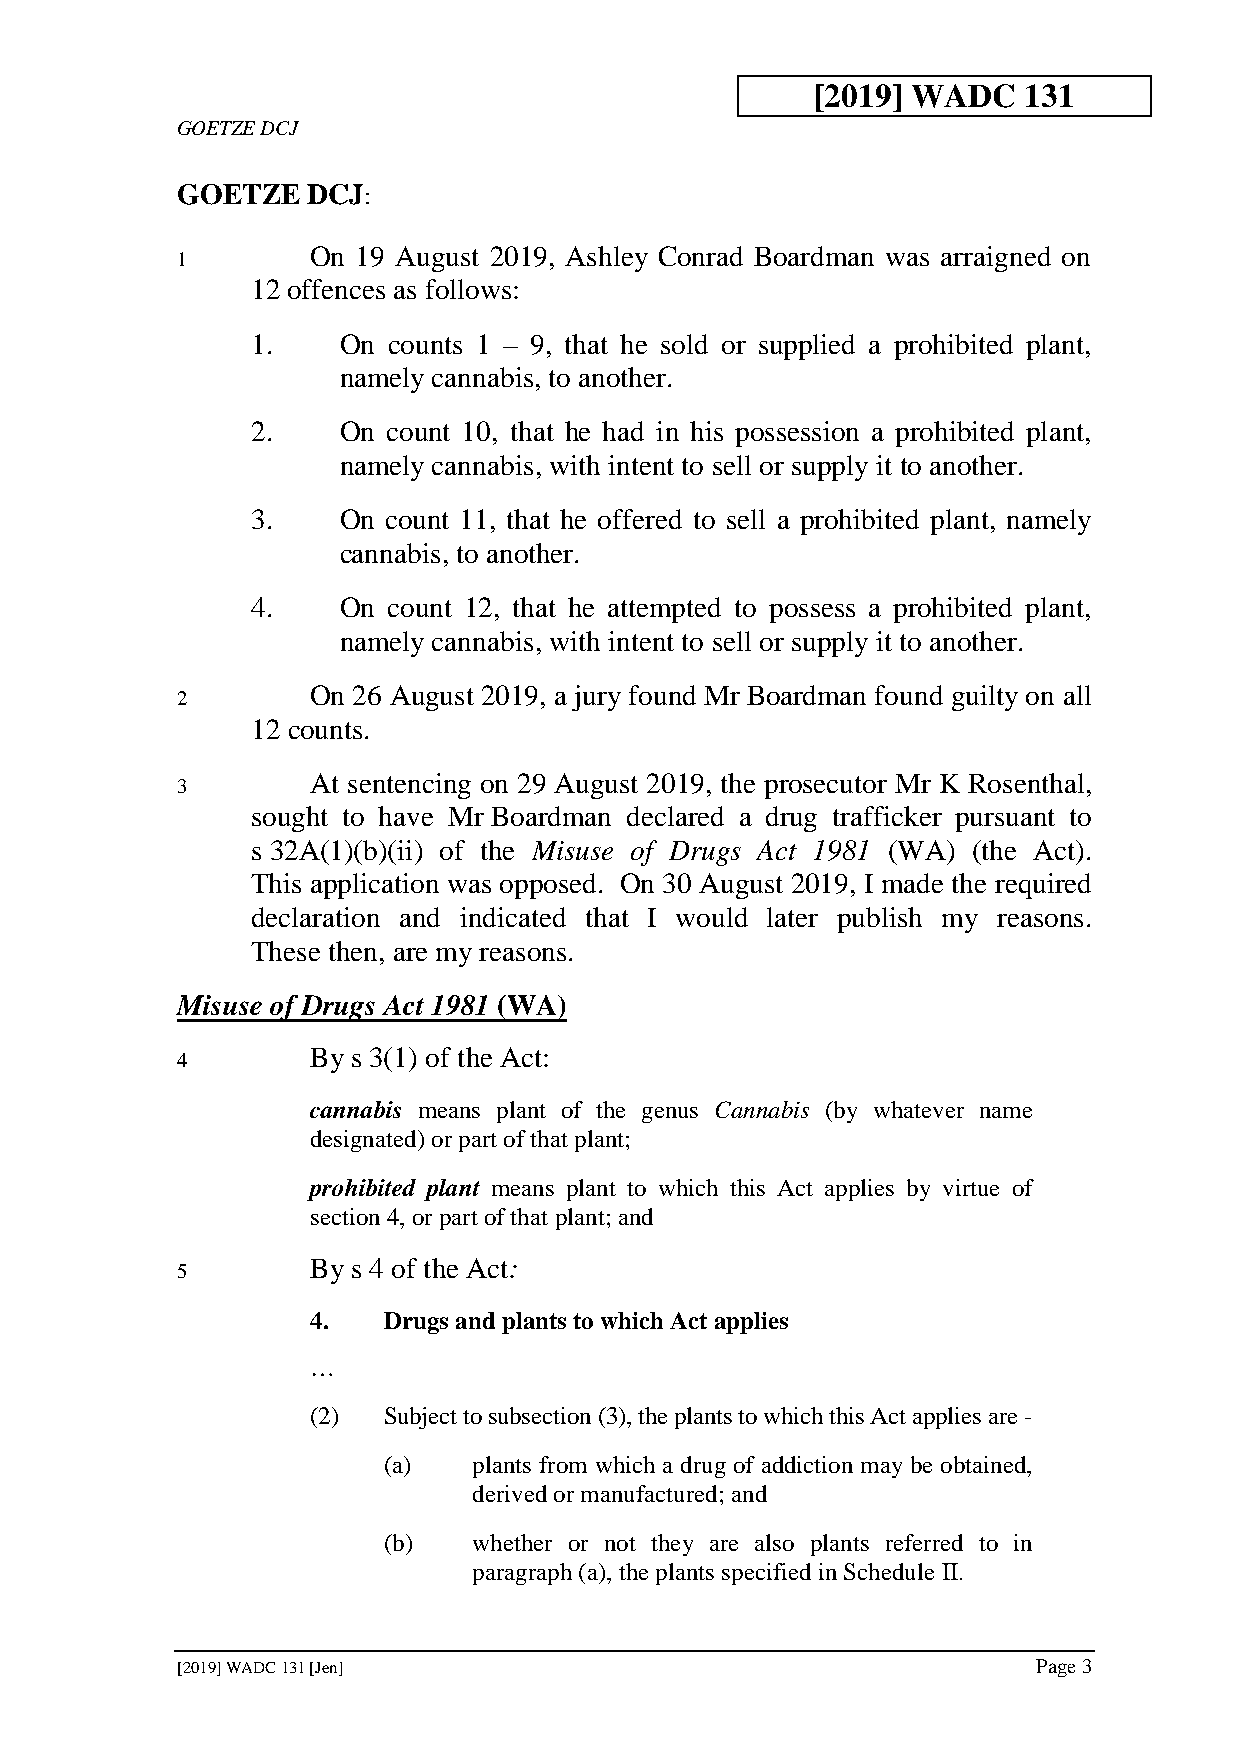
[2019] WADC   131
 GOETZE DCJ
 GOETZE  DCJ:
 On 19 August 2019, Ashley Conrad Boardman was arraigned on
 1
 12 offences as follows:
 1.   On  counts 1 – 9, that he sold or supplied a prohibited plant,
 namely cannabis, to another.
 2.   On  count 10, that he had in his possession a prohibited plant,
 namely cannabis, with intent to sell or supply it to another.
 3.   On  count 11, that he offered to sell a prohibited plant, namely
 cannabis, to another.
 4.   On  count 12, that he attempted to possess a prohibited plant,
 namely cannabis, with intent to sell or supply it to another.
 On 26 August 2019, a jury found Mr Boardman found guilty on all
 2
 12 counts.
 At sentencing on 29 August 2019, the prosecutor Mr K Rosenthal,
 3
 sought to have Mr Boardman declared a drug trafficker pursuant to
 s 32A(1)(b)(ii) of the Misuse of Drugs Act 1981 (WA) (the Act).
 This application was opposed. On 30 August 2019, I made the required
 declaration and indicated that I would later publish my reasons.
 These then, are my reasons.
 Misuse of Drugs Act 1981 (WA)
 By s 3(1) of the Act:
 4
 cannabis means plant of the genus Cannabis (by whatever name
 designated) or part of that plant;
 prohibited plant means plant to which this Act applies by virtue of
 section 4, or part of that plant; and
 By s 4 of the Act:
 5
 4.  Drugs and plants to which Act applies
 …
 (2) Subject to subsection (3), the plants to which this Act applies are -
 (a)   plants from which a drug of addiction may be obtained,
 derived or manufactured; and
 (b)   whether or not they are also plants referred to in
 paragraph (a), the plants specified in Schedule II.
 [2019] WADC 131 [Jen]                                    Page 3